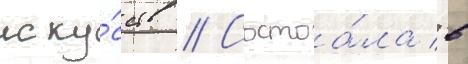
иску́сств // Состоа́ла в